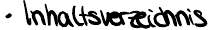
Inhaltsverzeichnis